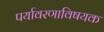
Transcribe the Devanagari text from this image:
पर्यावरणाविषयक